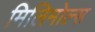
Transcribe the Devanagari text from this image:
मिलिमोल्स